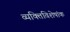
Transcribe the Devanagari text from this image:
व्यक्तिविशेषांक